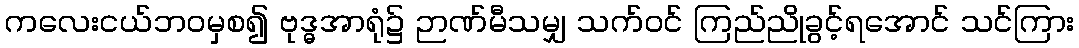
ကလေးငယ်ဘဝမှစ၍ ဗုဒ္ဓအာရုံ၌ ဉာဏ်မီသမျှ သက်ဝင် ကြည်ညိုခွင့်ရအောင် သင်ကြား